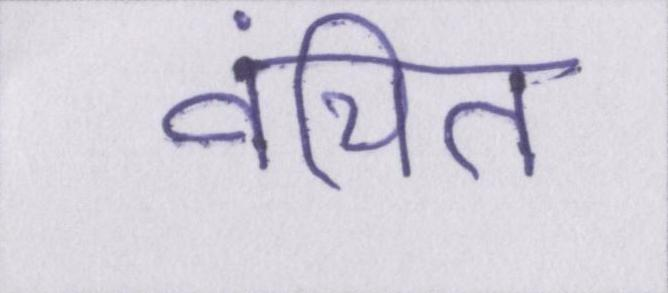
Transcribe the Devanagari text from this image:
वंचित